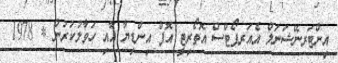
އިންޓަރނޭޝަނަލް އެއަރޕޯޓްސް އޮތޯރިޓީ އޮފް އިންޑިޔާ އާއި ހަވާލުކުރުން * 1978